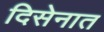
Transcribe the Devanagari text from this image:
दिसेनात